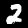
Digit: 2